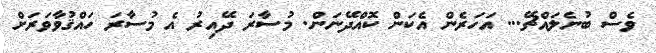
ވެސް ބުނެލައްޗޭ... އަހަރެން އެކަން ކޮއްދޭނަން. މުސާރަ ދޭއިރު އެ މުސާރަ ހައްޤުވާވަރަށް